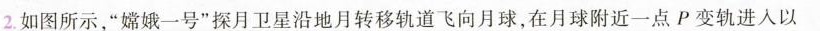
2.如图所示，”嫦娥一号”探月卫星沿地月转移轨道飞向月球，在月球附近一点P变轨进入以